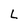
Character: L